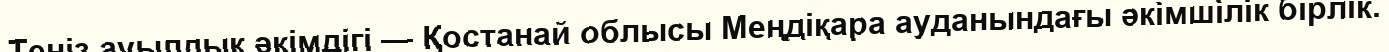
Теңіз ауылдық әкімдігі — Қостанай облысы Меңдіқара ауданындағы әкімшілік бірлік.